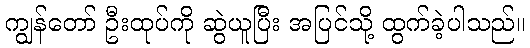
ကျွန်တော် ဦးထုပ်ကို ဆွဲယူပြီး အပြင်သို့ ထွက်ခဲ့ပါသည်။